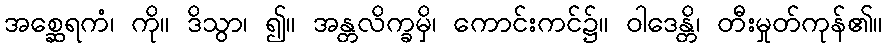
အစ္ဆေရကံ၊ ကို။ ဒိသွာ၊ ၍။ အန္တလိက္ခမှိ၊ ကောင်းကင်၌။ ဝါဒေန္တိ၊ တီးမှုတ်ကုန်၏။